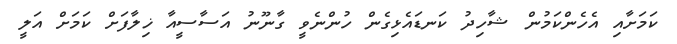
ކަމަށާއި އެހެންކަމުން ޝާހިދު ކަނޑައެޅިގެން ހުންނެވީ ގާނޫނު އަސާސީއާ ޚިލާފަށް ކަމަށް އަލީ